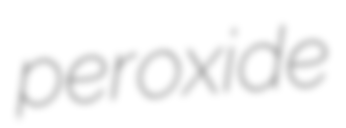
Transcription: peroxide